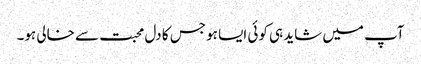
آپ میں شاید ہی کوئی ایسا ہو جس کا دل محبت سے خالی ہو۔